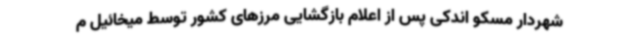
شهردار مسکو اندکی پس از اعلام بازگشایی مرزهای کشور توسط میخائیل م